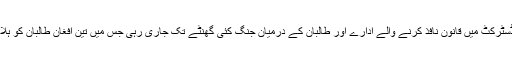
ترجمان کا مزید کہناتھا کہ سیاد ڈسٹرکٹ میں قانون نافذ کرنے والے ادارے اور طالبان کے درمیان جنگ کئی گھنٹے تک جاری رہی جس میں تین افغان طالبان کو ہلاک اور کئی کو زخمی کردیا گیا ۔